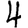
Digit: 4